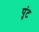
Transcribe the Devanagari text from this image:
पुंट